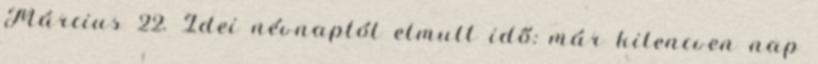
Március 22. Idei névnaptól elmult idő: már kilencven nap